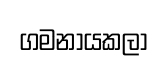
ගමනායකලා